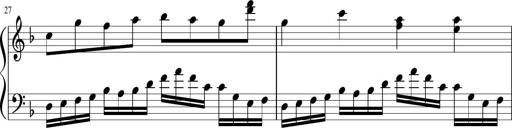
Title: Sonatina in F major
Composer: Ethan Ngo
Key: F major